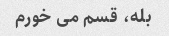
بله، قسم می خورم